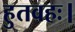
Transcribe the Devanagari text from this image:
हुतवहः।